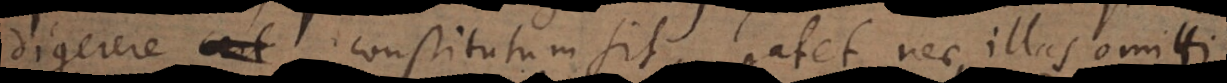
digerere constitutum sit, patet nec illas omitti